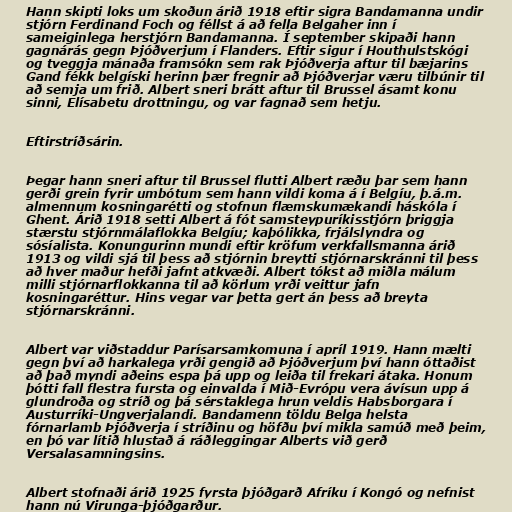
Hann skipti loks um skoðun árið 1918 eftir sigra Bandamanna undir
stjórn Ferdinand Foch og féllst á að fella Belgaher inn í
sameiginlega herstjórn Bandamanna. Í september skipaði hann
gagnárás gegn Þjóðverjum í Flanders. Eftir sigur í Houthulstskógi
og tveggja mánaða framsókn sem rak Þjóðverja aftur til bæjarins
Gand fékk belgíski herinn þær fregnir að Þjóðverjar væru tilbúnir til
að semja um frið. Albert sneri brátt aftur til Brussel ásamt konu
sinni, Elísabetu drottningu, og var fagnað sem hetju.

Eftirstríðsárin.

Þegar hann sneri aftur til Brussel flutti Albert ræðu þar sem hann
gerði grein fyrir umbótum sem hann vildi koma á í Belgíu, þ.á.m.
almennum kosningarétti og stofnun flæmskumækandi háskóla í
Ghent. Árið 1918 setti Albert á fót samsteypuríkisstjórn þriggja
stærstu stjórnmálaflokka Belgíu; kaþólikka, frjálslyndra og
sósíalista. Konungurinn mundi eftir kröfum verkfallsmanna árið
1913 og vildi sjá til þess að stjórnin breytti stjórnarskránni til þess
að hver maður hefði jafnt atkvæði. Albert tókst að miðla málum
milli stjórnarflokkanna til að körlum yrði veittur jafn
kosningaréttur. Hins vegar var þetta gert án þess að breyta
stjórnarskránni.

Albert var viðstaddur Parísarsamkomuna í apríl 1919. Hann mælti
gegn því að harkalega yrði gengið að Þjóðverjum því hann óttaðist
að það myndi aðeins espa þá upp og leiða til frekari átaka. Honum
þótti fall flestra fursta og einvalda í Mið-Evrópu vera ávísun upp á
glundroða og stríð og þá sérstaklega hrun veldis Habsborgara í
Austurríki-Ungverjalandi. Bandamenn töldu Belga helsta
fórnarlamb Þjóðverja í stríðinu og höfðu því mikla samúð með þeim,
en þó var lítið hlustað á ráðleggingar Alberts við gerð
Versalasamningsins.

Albert stofnaði árið 1925 fyrsta þjóðgarð Afríku í Kongó og nefnist
hann nú Virunga-þjóðgarður.